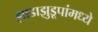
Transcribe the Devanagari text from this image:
झाडाझुडूपांमध्ये